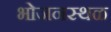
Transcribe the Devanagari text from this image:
भोजनस्थळ